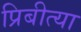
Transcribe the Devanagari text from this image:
प्रिबीत्या